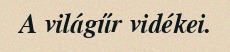
A világűr vidékei.